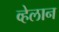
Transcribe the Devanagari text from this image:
व्हेलान